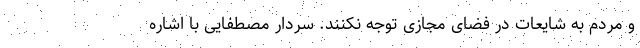
و مردم به شایعات در فضای مجازی توجه نکنند. سردار مصطفایی با اشاره